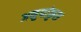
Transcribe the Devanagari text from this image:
अनुपांकुश